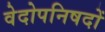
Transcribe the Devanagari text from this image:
वेदोपनिषदों